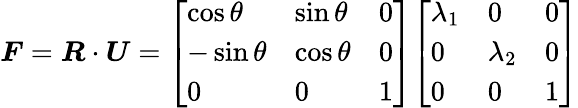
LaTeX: {\boldsymbol{F}}={\boldsymbol{R}}\cdot{\boldsymbol{U}}={\left[\begin{array}{lll}{\cos\theta}&{\sin\theta}&{0}\\ {-\sin\theta}&{\cos\theta}&{0}\\ {0}&{0}&{1}\end{array}\right]}{\left[\begin{array}{lll}{\lambda_{1}}&{0}&{0}\\ {0}&{\lambda_{2}}&{0}\\ {0}&{0}&{1}\end{array}\right]}